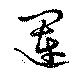
運